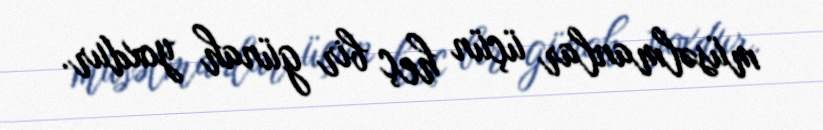
müsəlmanlar üçün heç bir günah yoxdur.